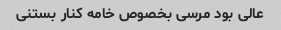
عالی بود مرسی بخصوص خامه کنار بستنی